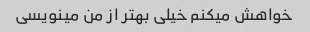
خواهش میکنم خیلی بهتر از من مینویسی